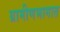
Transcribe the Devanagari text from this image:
ग्रामीणभागात